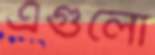
এগুলো